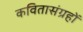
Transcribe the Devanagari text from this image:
कवितासंग्रहों